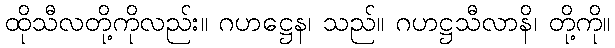
ထိုသီလတို့ကိုလည်း။ ဂဟဋ္ဌေန၊ သည်။ ဂဟဋ္ဌသီလာနိ၊ တို့ကို။